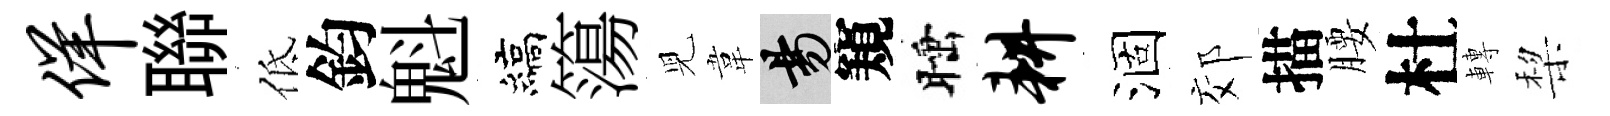
佯聯低鈞魁縞簜児韋昜窺睡耕涸郊描腰杜轉棃